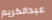
عبدالكريم